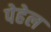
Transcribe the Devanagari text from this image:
पेहेल